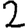
Digit: 2